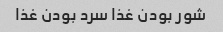
شور بودن غذا سرد بودن غذا